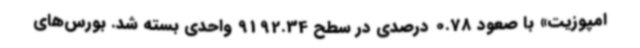
امپوزیت» با صعود 0.78 درصدی در سطح 9192.34 واحدی بسته شد. بورس‌های